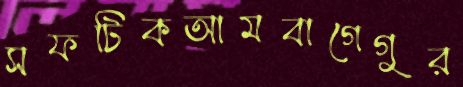
সফটিকআমবাগেগুর